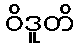
ဝိဒူတိ